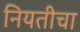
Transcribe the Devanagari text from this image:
नियतीचा